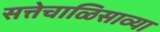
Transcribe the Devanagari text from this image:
सत्तेचाळिसाव्या